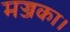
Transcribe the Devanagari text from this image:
मज्जका।